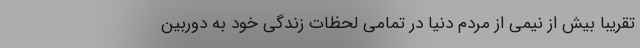
تقریباً بیش از نیمی از مردم دنیا در تمامی لحظات زندگی خود به دوربین